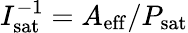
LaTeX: I_{\mathrm{sat}}^{-1}=A_{\mathrm{eff}}/P_{\mathrm{sat}}